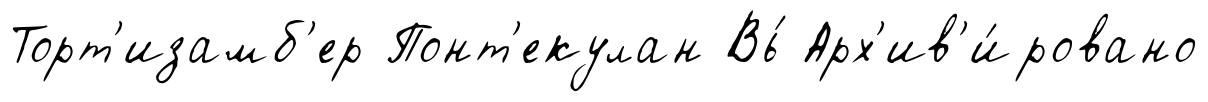
Торт'изамб'ер Понт'екулан Вь́ Арх'ив'и́ровано